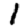
Digit: 1